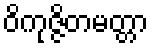
ဝိကုဇ္ဇိတမတ္တာ